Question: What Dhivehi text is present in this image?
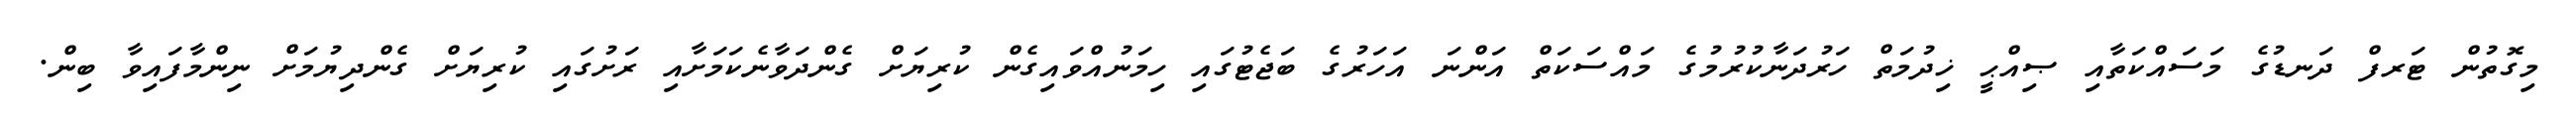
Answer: މިގޮތުން ޓަރފް ދަނޑުގެ މަސައްކަތާއި ޞިއްޙީ ޚިދުމަތް ހަރުދަނާކުރުމުގެ މައްސަކަތް އަންނަ އަހަރުގެ ބަޖެޓުގައި ހިމަނުއްވައިގެން ކުރިޔަށް ގެންދަވާނެކަމަށާއި ރަށުގައި ކުރިޔަށް ގެންދިޔުމަށް ނިންމާފައިވާ ބިން.